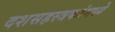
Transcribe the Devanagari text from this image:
दशसहस्त्रकांमध्ये